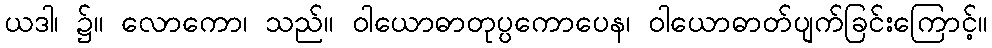
ယဒါ၊ ၌။ လောကော၊ သည်။ ဝါယောဓာတုပ္ပကောပေန၊ ဝါယောဓာတ်ပျက်ခြင်းကြောင့်။